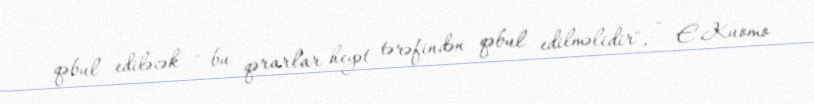
qəbul ediləcək - bu qərarlar heyət tərəfindən qəbul edilməlidir", - E.Kuomo